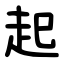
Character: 起